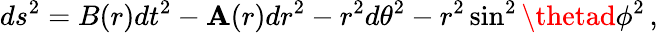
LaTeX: ds^{2}=B(r)dt^{2}-\mathbf{A}(r)dr^{2}-r^{2}d\theta^{2}-r^{2}\sin^{2}\thetad\phi^{2}\, ,